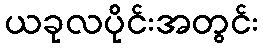
ယခုလပိုင်းအတွင်း